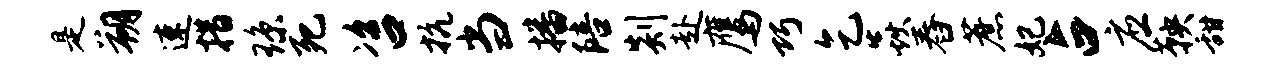
是朔速措琼死咨抗当播陪剡赴鹰巧乞焱舂蔗妃占应鞅甜